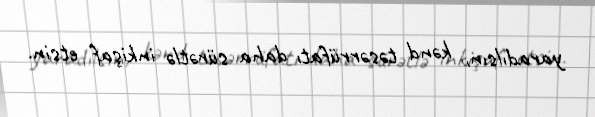
yaradılsın, kənd təsərrüfatı daha sürətlə inkişaf etsin.